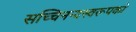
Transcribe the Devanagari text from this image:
सच्चिनन्दस्वरूपको